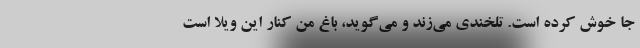
جا خوش کرده است. تلخندی می‌زند و می‌گوید، باغ من کنار این ویلا است